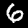
Label: 6